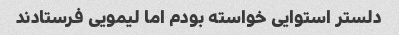
دلستر استوایی خواسته بودم اما لیمویی فرستادند